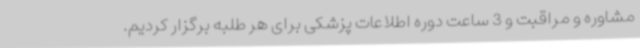
مشاوره و مراقبت و 3 ساعت دوره اطلاعات پزشکی برای هر طلبه برگزار کردیم.